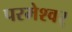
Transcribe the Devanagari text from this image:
परमेश्वर्